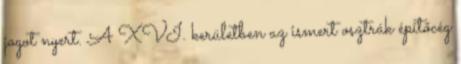
jogot nyert. A XVI. kerületben az ismert osztrák építőcég